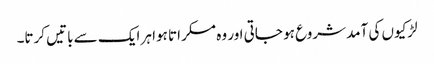
لڑکیوں کی آمد شروع ہو جاتی اور وہ مسکراتا ہوا ہر ایک سے باتیں کرتا۔